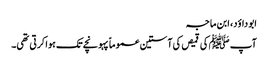
ابو داؤد، ابن ماجہ
آپ ﷺ کی قمیص کی آستین عموماً پہونچے تک ہوا کرتی تھی۔